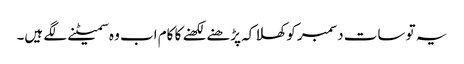
یہ تو سات دسمبر کو کھلا کہ پڑھنے لکھنے کا کام اب وہ سمیٹنے لگے ہیں۔